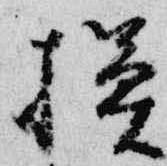
模